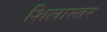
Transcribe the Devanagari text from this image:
शिलास्तर